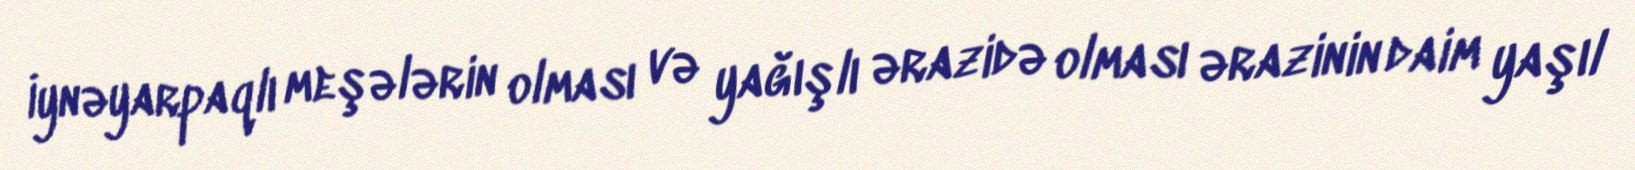
İynəyarpaqlı meşələrin olması və yağışlı ərazidə olması ərazinin daim yaşıl